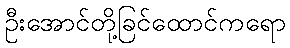
ဦးအောင်တို့ခြင်ထောင်ကရော